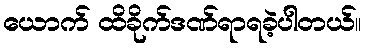
ယောက် ထိခိုက်ဒဏ်ရာရခဲ့ပါတယ်။